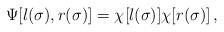
\begin{align*}\Psi[l (\sigma), r (\sigma)] = \chi [l (\sigma)] \chi[r (\sigma)]\, , \end{align*}